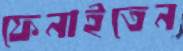
ফেনাইতেন